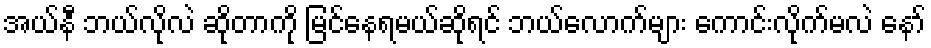
အယ်နီ ဘယ်လိုလဲ ဆိုတာကို မြင်နေရမယ်ဆိုရင် ဘယ်လောက်များ ကောင်းလိုက်မလဲ နော်